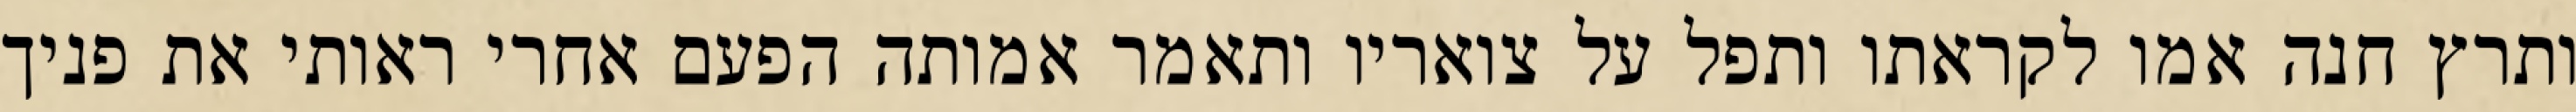
ותרץ חנה אמו לקראתו ותפל על צואריו ותאמר אמותה הפעם אחרי ראותי את פניך